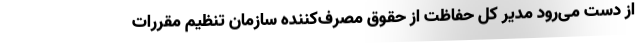
از دست می‌رود مدیر کل حفاظت از حقوق مصرف‌کننده سازمان تنظیم مقررات